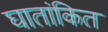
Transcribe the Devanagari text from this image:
घातांकित